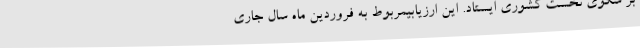
بر سکوی نخست کشوری ایستاد. این ارزیابیمربوط به فروردین ماه سال جاری